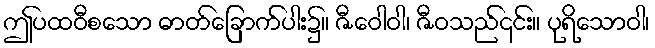
ဤပထဝီစသော ဓာတ်ခြောက်ပါး၌။ ဇီဝေါဝါ၊ ဇီဝသည်၎င်း။ ပုရိသောဝါ၊